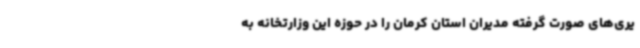
یری‌های صورت گرفته مدیران استان کرمان را در حوزه این وزارتخانه به